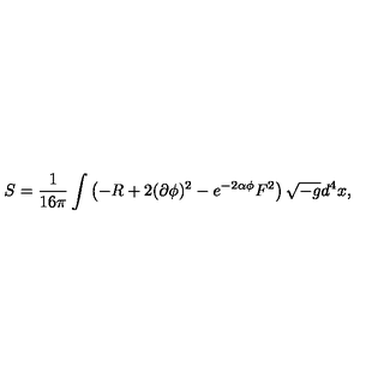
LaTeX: S = \frac { 1 } { 1 6 \pi } \int \left( - R + 2 ( \partial \phi ) ^ { 2 } - e ^ { - 2 \alpha \phi } F ^ { 2 } \right) \sqrt { - g } d ^ { 4 } x ,